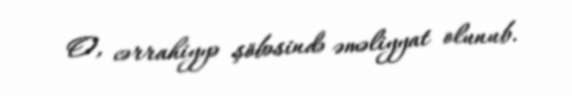
O, cərrahiyyə şöbəsində əməliyyat olunub.